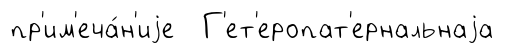
пр'им'еча́н'иjе Г'ет'еропат'ернальнаjа